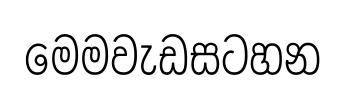
මෙමවැඩසටහන